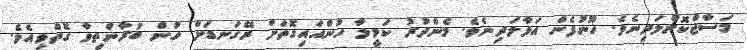
މަސާޖްކޮށްލަދިނެވެ. ހޫނުފެން އަޅާލަދިނެވެ. މެންދުރު ކަމީލާ ހުންއައިގޮތަށް ރޭގަނޑަށް ހުން ބުރާންތިވާ ގޮތްވިއެވެ.